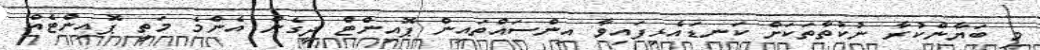
މި ބަޔާންކުރާ ނުކުތާތަކަށް ކަނޑައެޅިފައިވާ އިންސައްތައިން ޕޮއިންޓް ދީގެން އެންމެ މަތީ ޕޮއިންޓެއް